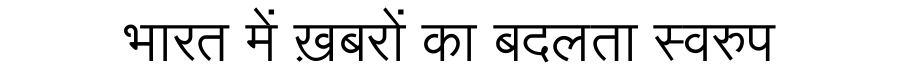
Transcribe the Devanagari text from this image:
भारत में ख़बरों का बदलता स्वरुप